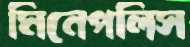
মিনেপলিস